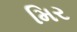
મિર